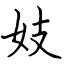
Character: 妓